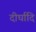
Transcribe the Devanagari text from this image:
दीर्घादि